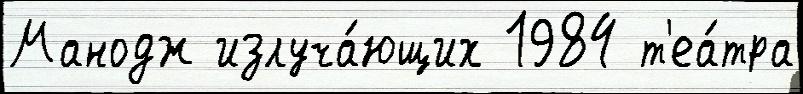
Манодж излуча́ющих 1984 т'еа́тра